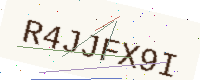
Text: R4JJFX9I